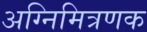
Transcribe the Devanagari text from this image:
अग्निमित्रणक